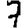
Digit: 7